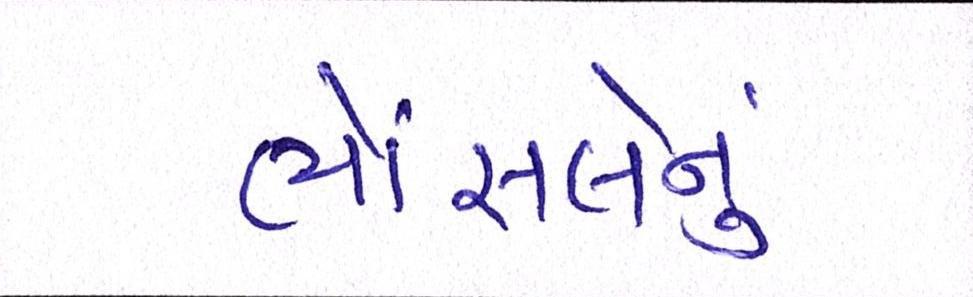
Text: ભોંસલેનું